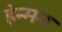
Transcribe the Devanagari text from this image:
हेन्मन